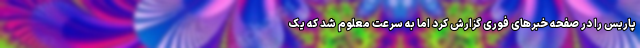
پاریس را در صفحه خبرهای فوری گزارش کرد اما به سرعت معلوم شد که یک